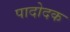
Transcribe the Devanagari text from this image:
पादोदक